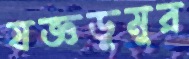
যজ্ঞডুমুর